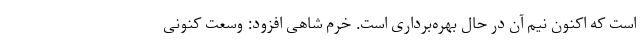
است که اکنون نیم آن در حال بهره‌برداری است. خرم شاهی افزود: وسعت کنونی